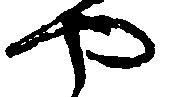
や